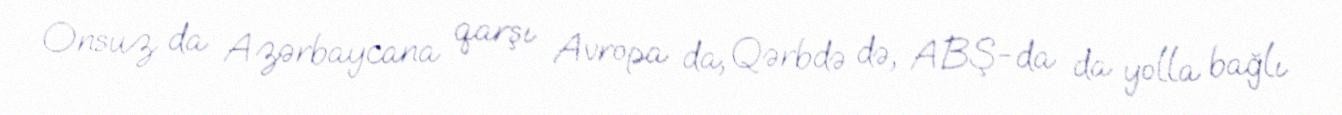
Onsuz da Azərbaycana qarşı Avropa da, Qərbdə də, ABŞ-da da yolla bağlı